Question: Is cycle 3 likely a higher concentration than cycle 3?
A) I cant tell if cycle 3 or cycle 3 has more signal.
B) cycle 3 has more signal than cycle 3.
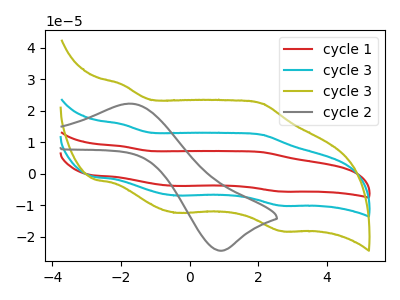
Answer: <think>The red curve "cycle 1" has anodic peaks at (-1.95V, 31.60uA) (2.10V, 24.80uA) and cathodic peaks at (-0.40V, -13.75uA) (2.65V, -20.15uA). The cyan curve "cycle 3" has anodic peaks at (-1.95V, 15.80uA) (2.10V, 12.40uA) and cathodic peaks at (-0.40V, -6.85uA) (2.65V, -10.10uA). The olive curve "cycle 3" has anodic peaks at (-1.95V, 28.40uA) (2.10V, 22.35uA) and cathodic peaks at (-0.40V, -12.35uA) (2.65V, -18.15uA). The gray curve "cycle 2" has an anodic peak at (-1.75V, 22.30uA) and a cathodic peak at (0.95V, -24.40uA).
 All the peaks in "cycle 3" have a peak in "cycle 3" at the same potential. Every peak in "cycle 3" is higher than every peak in "cycle 3".</think>
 <answer>B) "cycle 3" has more signal than "cycle 3".</answer>
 <eval>B</eval>